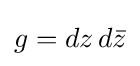
g=dz\,d{\bar {z}}